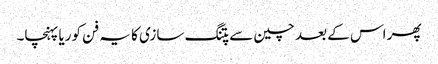
پھر اس کے بعد چین سے پتنگ سازی کا یہ فن کوریا پہنچا۔